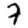
Digit: 7